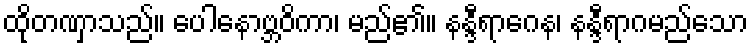
ထိုတဏှာသည်။ ပေါနောဗ္ဘဝိကာ၊ မည်၏။ နန္ဒီရာဂေန၊ နန္ဒီရာဂမည်သော